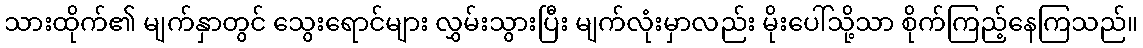
သားထိုက်၏ မျက်နှာတွင် သွေးရောင်များ လွှမ်းသွားပြီး မျက်လုံးမှာလည်း မိုးပေါ်သို့သာ စိုက်ကြည့်နေကြသည်။